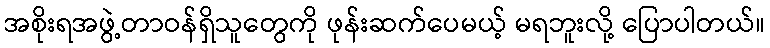
အစိုးရအဖွဲ့တာဝန်ရှိသူတွေကို ဖုန်းဆက်ပေမယ့် မရဘူးလို့ ပြောပါတယ်။